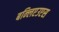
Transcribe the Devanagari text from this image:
बन्लिएउएस